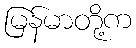
မြန်မာတို့က